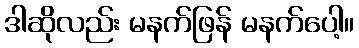
ဒါဆိုလည်း မနက်ဖြန် မနက်ပေါ့။